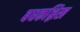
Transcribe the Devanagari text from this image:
बधकश्लिख